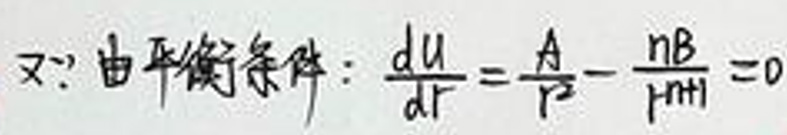
又\(\because\)由平衡条件：\(\frac{du}{dr}=\frac{A}{r^2}-\frac{nB}{|n|}=0\)